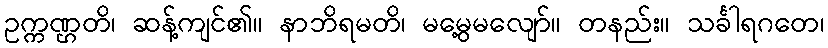
ဥက္ကဏ္ဌတိ၊ ဆန့်ကျင်၏။ နာဘိရမတိ၊ မမွေ့မလျော်။ တနည်း။ သင်္ခါရဂတေ၊